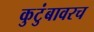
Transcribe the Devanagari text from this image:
कुटुंबावरच